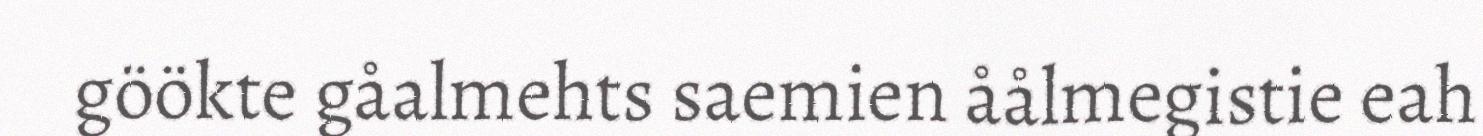
göökte gåalmehts saemien åålmegistie eah